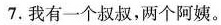
7.我有一个叔叔，两个阿姨。